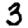
Digit: 3